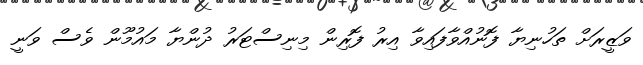
ވަޒީރަށް ތަހުނިޔާ ފޮނުއްވާފައިވާ އިރު ފޮރިން މިނިސްޓަރު ދުންޔާ މައުމޫން ވެސް ވަނީ